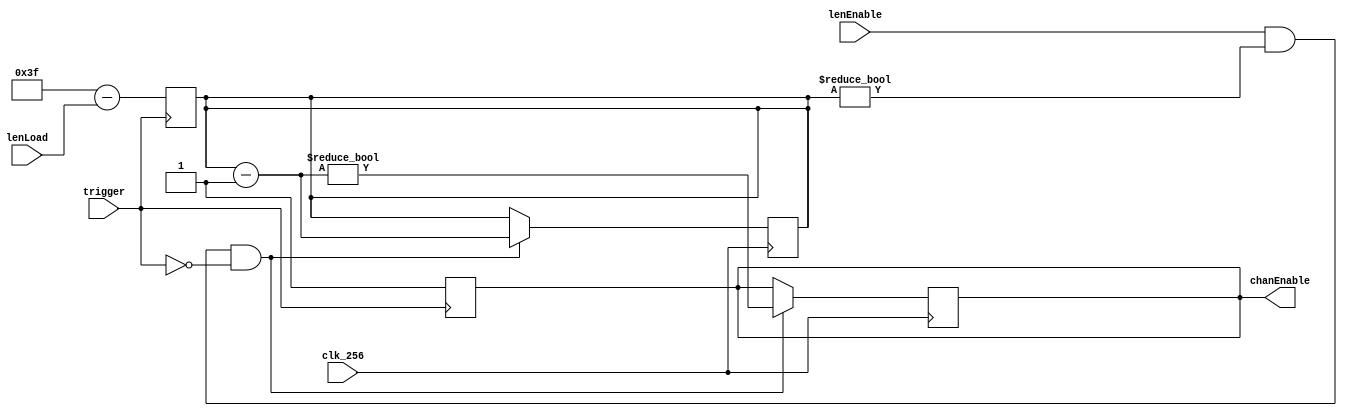
module lenCounter(
	input clk_256, // TODO: maybe generate 256hz internally from 4mhz?
	input [5:0] lenLoad,
	input trigger,
	input lenEnable,
	output reg chanEnable
);

	reg [5:0] len;
	initial len = 6'b0;
	initial chanEnable = 0;

	// TODO: What if lenLoad = 1, trigger = high, lenEnable = high ?
	always @(posedge clk_256) if (lenEnable && (len != 0) && !trigger) begin
		len--;
		chanEnable = len != 6'b0;
	end

	always @(posedge trigger) begin
		len = 6'd63 - lenLoad; // TODO: verify this math -- off-by-one?
		chanEnable = 1;
	end

endmodule